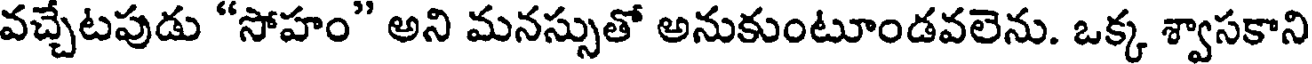
వచ్చేటపుడు "సోహం" అని మనస్సుతో అనుకుంటూండవలెను. ఒక్క శ్వాసకాని